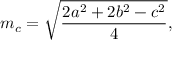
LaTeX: m _ { c } = { \sqrt { \frac { 2 a ^ { 2 } + 2 b ^ { 2 } - c ^ { 2 } } { 4 } } } ,